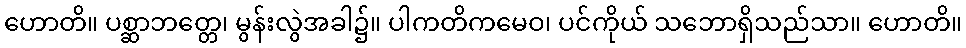
ဟောတိ။ ပစ္ဆာဘတ္တေ၊ မွန်းလွဲအခါ၌။ ပါကတိကမေဝ၊ ပင်ကိုယ် သဘောရှိသည်သာ။ ဟောတိ။